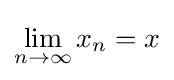
\lim _{n\to \infty }x_{n}=x